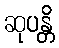
ဆုပန္တိ